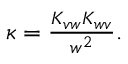
\begin{array} { r } { \kappa = \frac { K _ { v w } K _ { w v } } { w ^ { 2 } } . } \end{array}